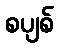
စပျစ်